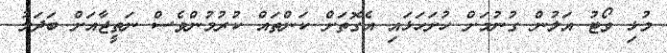
މުޅި ވޯޓު އަލުން ގުނުމަށް ހުށަހަޅައި އެގޮތަށް ކަންތައް ކުރުމުންވެސް ނަތީޖާއަށް ބަދަލު